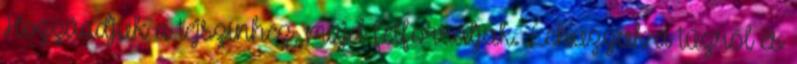
Hozzáadjuk a tejszínhez, majd felforraljuk. Lehúzzuk a tűzről és